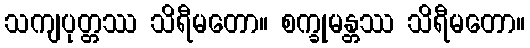
သကျပုတ္တဿ သိရီမတော။ စက္ခုမန္တဿ သိရီမတော။